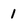
Character: 1